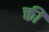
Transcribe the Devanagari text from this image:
क्ती